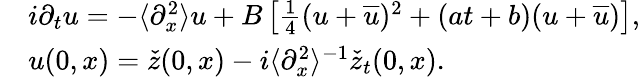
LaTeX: \begin{array}{rl}&{i\partial_{t}u=-\langle\partial_{x}^{2}\rangle u+B\left[\frac{1}{4}(u+\overline{{u}})^{2}+(at+b)(u+\overline{{u}})\right],}\\ &{u(0,x)=\check{z}(0,x)-i\langle\partial_{x}^{2}\rangle^{-1}\check{z}_{t}(0,x).}\end{array}